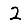
Digit: 2